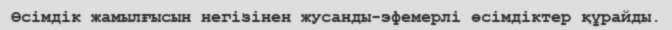
Өсімдік жамылғысын негізінен жусанды-эфемерлі өсімдіктер құрайды.